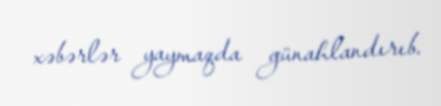
xəbərlər yaymaqda günahlandırıb.